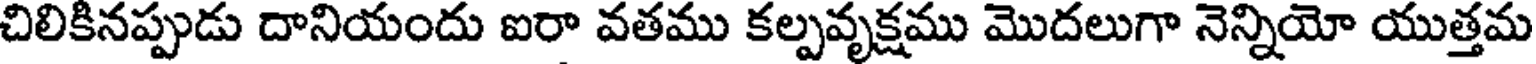
చిలికినప్పుడు దానియందు ఐరా వతము కల్పవృక్షము మొదలుగా నెన్నియో యుత్తమ